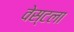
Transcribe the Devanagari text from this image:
वेस्टला